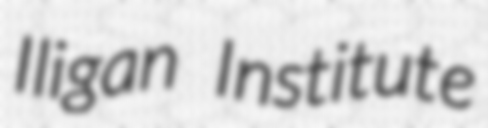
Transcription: Iligan Institute